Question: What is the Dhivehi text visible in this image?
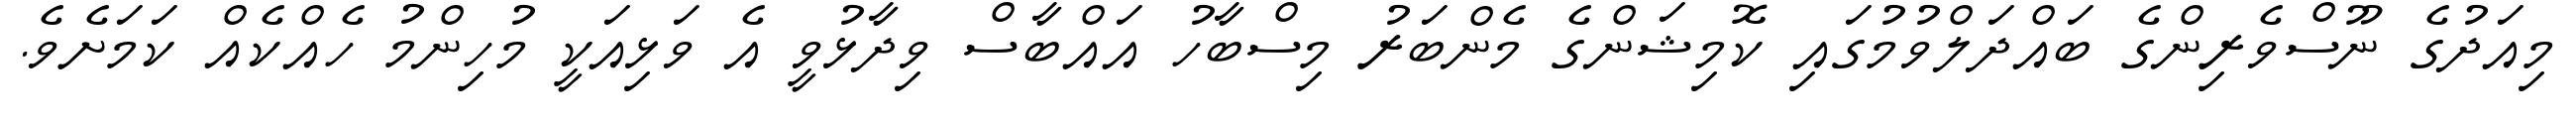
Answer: މިއަދުގެ ނޫސްވެރިންގެ ބައްދަލްވުމުގައި ކޮމިޝަންގެ މެންބަރު މިސްބާހު އައްބާސް ވިދާޅުވީ އެ ވަޅިއަކީ މުހިންމު ހެއްކެއް ކަމަށެވެ.